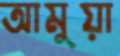
আমুয়া